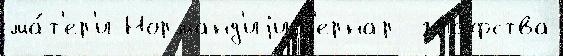
ма́т'ер'и Норманд'иjиб'ернар  гра́фства